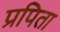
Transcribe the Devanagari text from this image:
प्रपिता